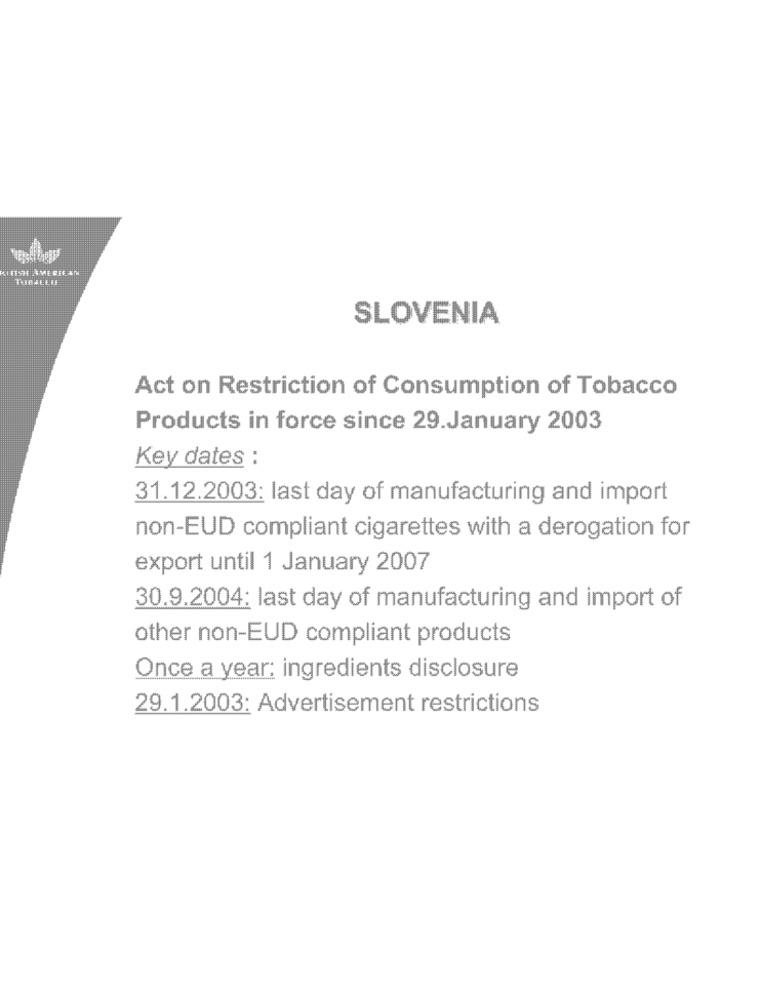
SLOVENIA
Act on Restriction of Consumption of Tobacco
Products in force since 29.January 2003
Key dates :
31.12.2003: last day of manufacturing and import
non-EUD compliant cigarettes with a derogation for
export until 1 January 2007
30.9.2004: last day of manufacturing and import of
other non-EUD compliant products
Once a year: ingredients disclosure
29.1.2003: Advertisement restrictions